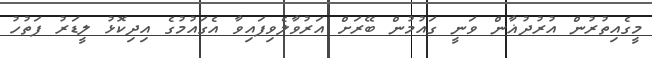
މީގެއިތުރުން އުރުދުޣާން ވަނީ ގައުމުން ބޭރަށް އަރުވާލެވިފައިވާ އެގައުމުގެ އިދިކޮޅު ލީޑަރު ފަތުހު